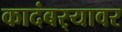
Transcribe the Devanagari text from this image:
कादंबर्‍यावर